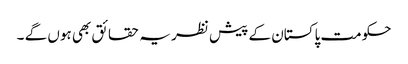
حکومت پاکستان کے پیش نظر یہ حقائق بھی ہوں گے ۔